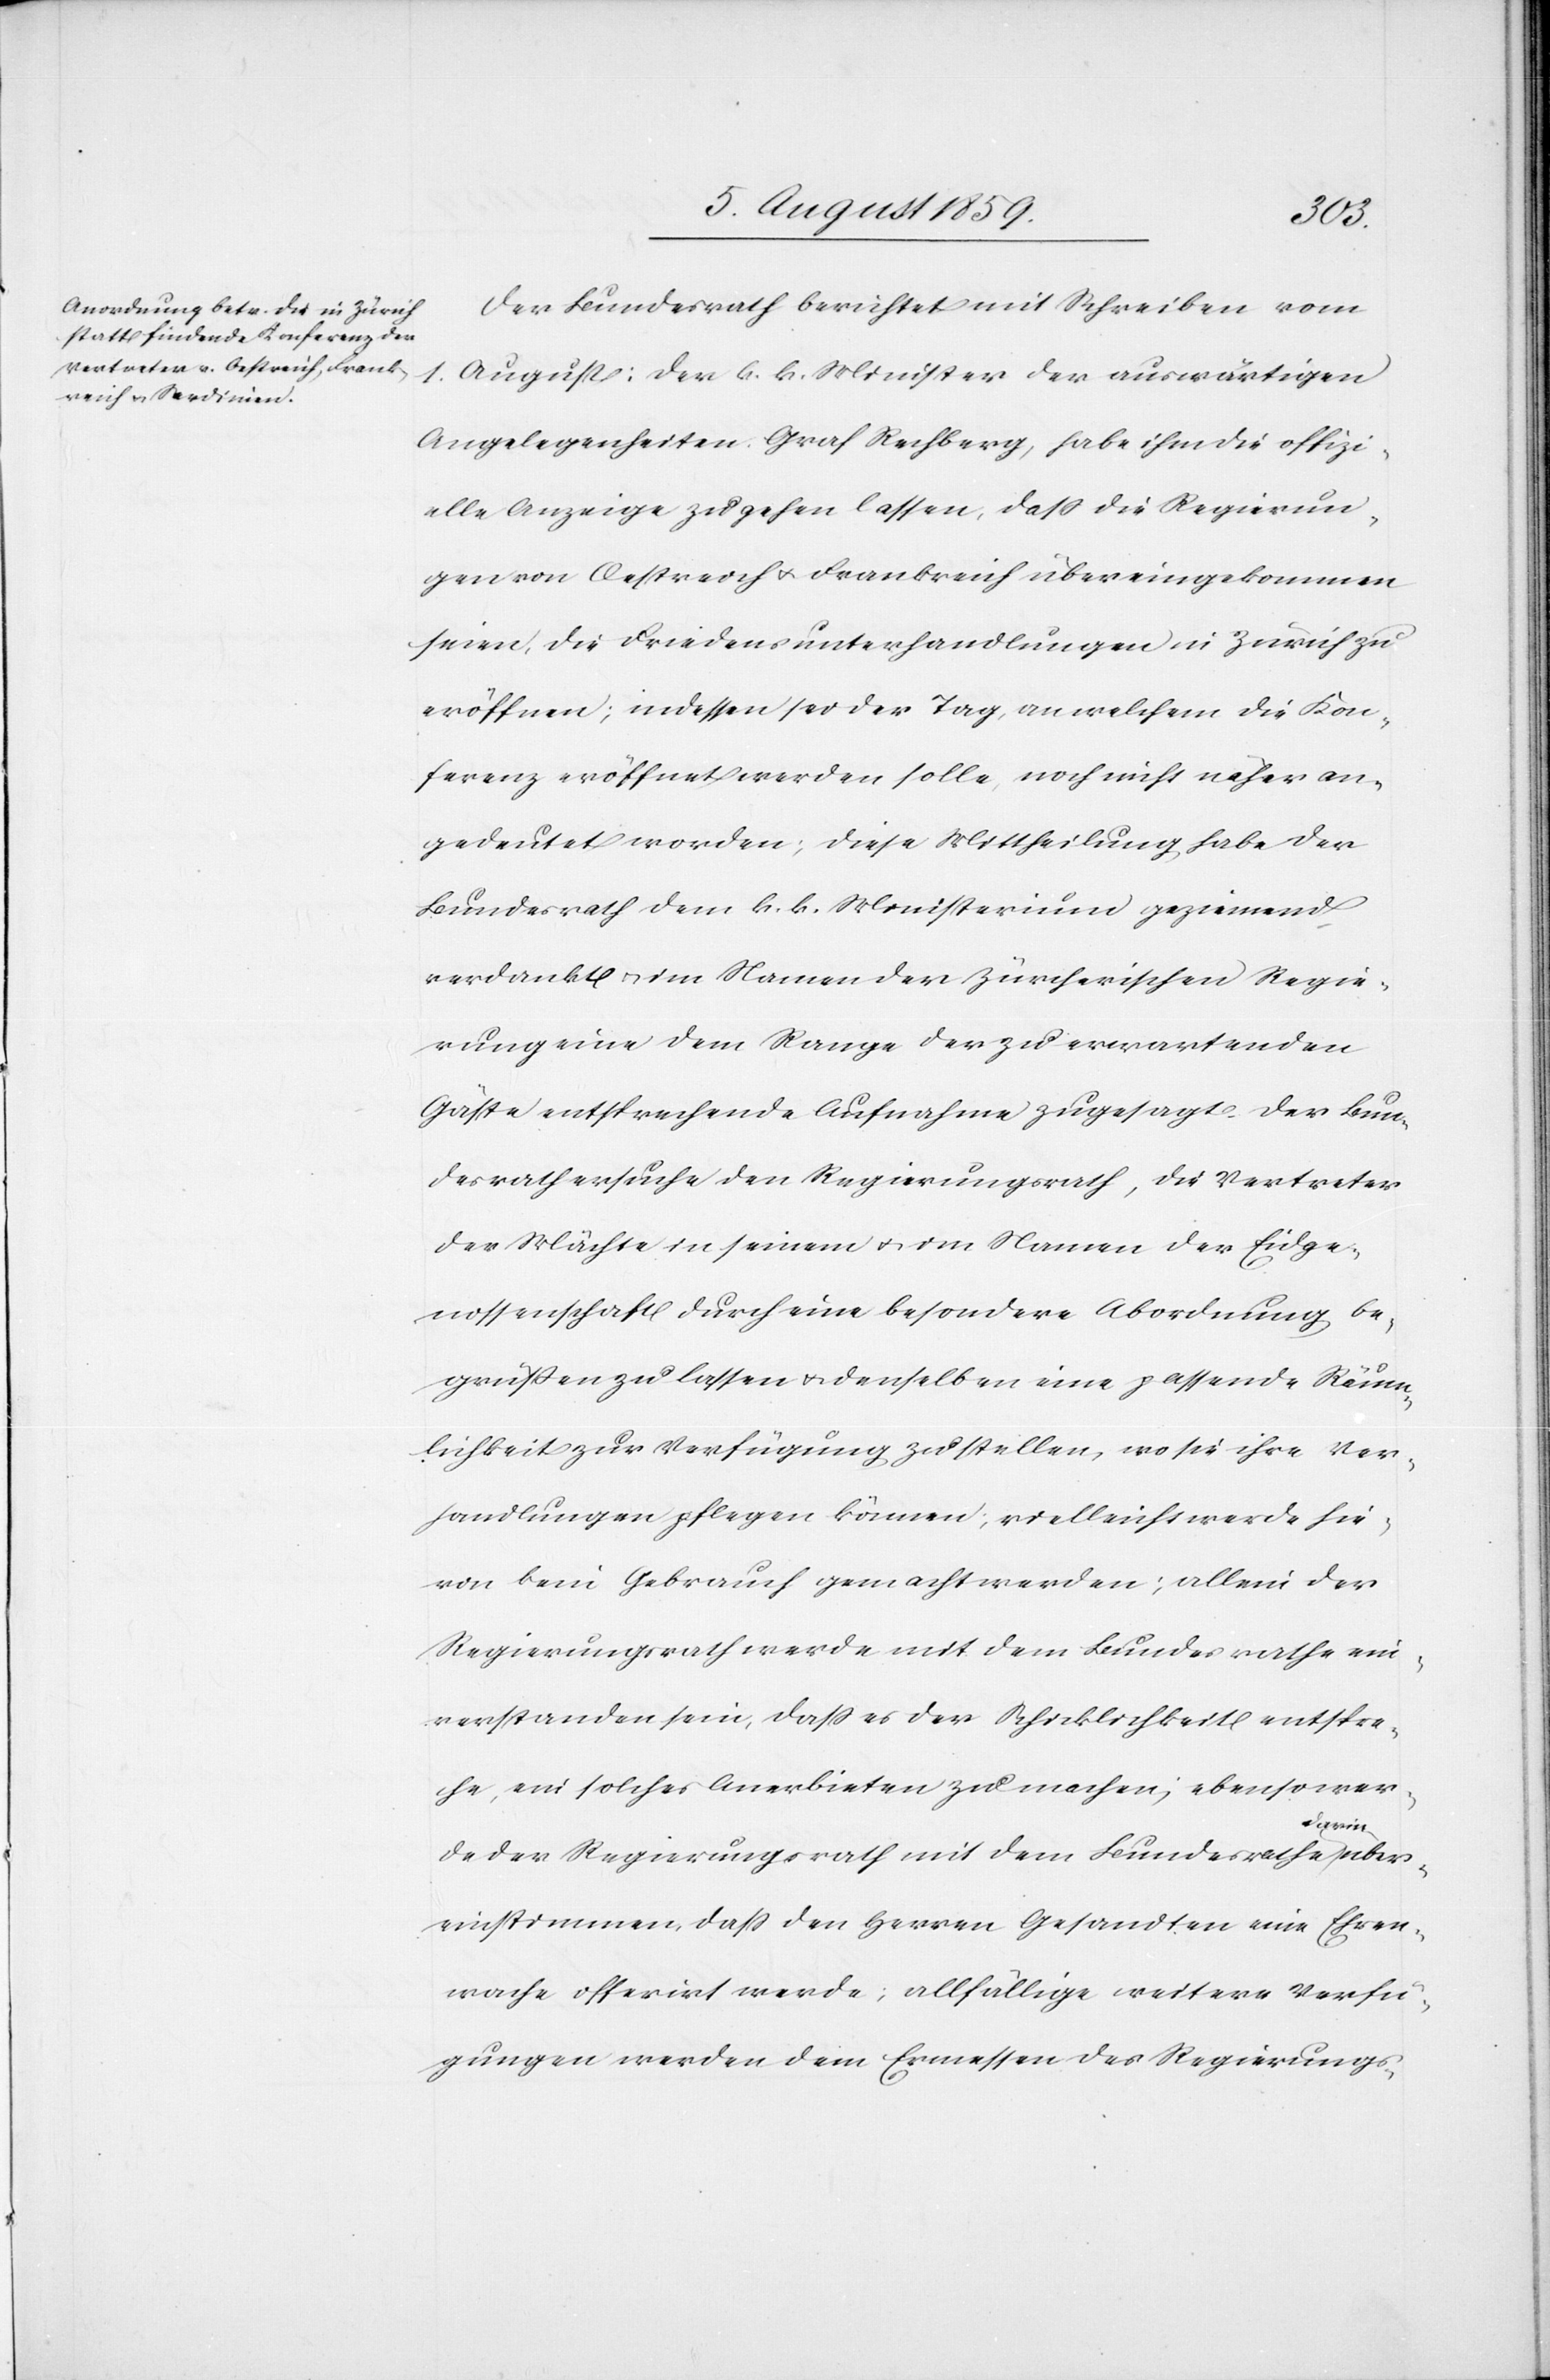
Der Bundesrath berichtet mit Schreiben vom
1. August: Der k. k. Minister der auswärtigen
Angelegenheiten Graf Rechberg, habe ihm die offizi¬
elle Anzeige zu gehen lassen, daß die Regierun¬
gen von Oestreich u. Frankreich übereingekommen
seien, die Friedensunterhandlungen in Zürich zu
eröffnen; indessen sei der Tag, an welchem die Kon¬
ferenz eröffnet werden solle, noch nicht näher an¬
gedeutet worden; diese Mittheilung habe der
Bundesrath dem k. k. Ministerium geziemend
verdankt u. im Namen der zürcherischen Regie¬
rungen eine dem Range der zu erwartenden
Gäste entsprechende Aufnahme zugesagt. Der Bun¬
desrath ersuche den Regierungsrath, die Vertreter
der Mächte in seinem u. im Namen der Eidge¬
nossenschaft durch eine besondere Abordnung be¬
grüssen zu lassen u. denselben eine passende Räum¬
lichkeit zur Verfügung zu stellen, wo sie ihre Ver¬
handlungen pflegen können; vielleicht werde hie¬
von kein Gebrauch gemacht werden; allein der
Regierungsrath werde mit dem Bundesrathe ein¬
verstanden sein, daß es der Schicklichkeit entspre¬
che, ein solches anerbieten zu machen; ebenso wer¬
über¬
de der Regierungsrath mit dem Bundesrathe darin
einstimmen, daß den Herren Gesandten eine Ehren¬
wache offerirt werde; allfällige weitere Verfü¬
gungen werden dem Ermessen des Regierungs-